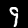
Digit: 9